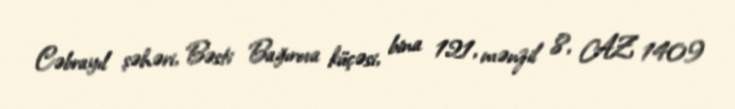
Cəbrayıl şəhəri, Bəsti Bağırova küçəsi, bina 121, mənzil 8, AZ 1409